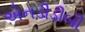
એનડીડીબી